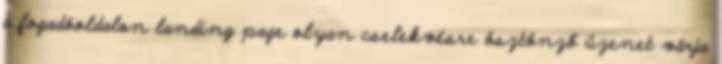
a fogadóoldalon landing page olyan cselekvésre ösztönző üzenet várja